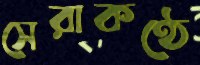
সেরাকণ্ঠে